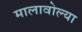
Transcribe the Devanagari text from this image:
मालावोल्या